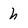
Character: h